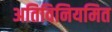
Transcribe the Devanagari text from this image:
अतिविनियमित